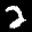
Label: 2